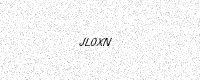
Text: JL0XN